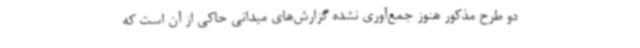
دو طرح مذکور هنوز جمع‌آوری نشده گزارش‌های میدانی حاکی از آن است که